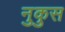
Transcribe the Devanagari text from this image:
नुकुस